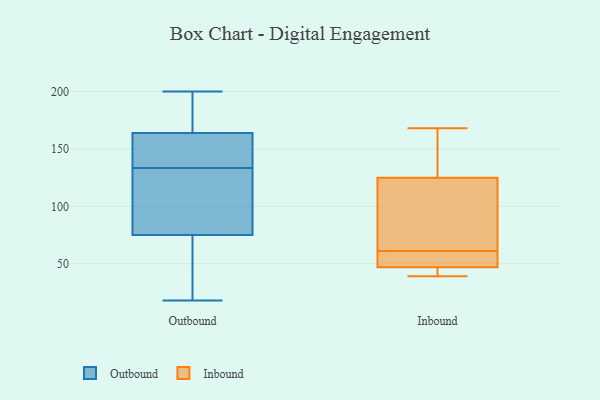
{"axis": {"x": "Latency (ms)", "y": "Value"}, "legend": ["Inbound", "Outbound"], "data": [{"x": "", "y": 134, "type": "Outbound"}, {"x": "", "y": 183, "type": "Outbound"}, {"x": "", "y": 111, "type": "Outbound"}, {"x": "", "y": 107, "type": "Outbound"}, {"x": "", "y": 51, "type": "Outbound"}, {"x": "", "y": 158, "type": "Outbound"}, {"x": "", "y": 133, "type": "Outbound"}, {"x": "", "y": 140, "type": "Outbound"}, {"x": "", "y": 150, "type": "Outbound"}, {"x": "", "y": 195, "type": "Outbound"}, {"x": "", "y": 106, "type": "Outbound"}, {"x": "", "y": 20, "type": "Outbound"}, {"x": "", "y": 48, "type": "Outbound"}, {"x": "", "y": 18, "type": "Outbound"}, {"x": "", "y": 40, "type": "Outbound"}, {"x": "", "y": 167, "type": "Outbound"}, {"x": "", "y": 161, "type": "Outbound"}, {"x": "", "y": 200, "type": "Outbound"}, {"x": "", "y": 194, "type": "Outbound"}, {"x": "", "y": 99, "type": "Outbound"}, {"x": "", "y": 168, "type": "Inbound"}, {"x": "", "y": 67, "type": "Inbound"}, {"x": "", "y": 59, "type": "Inbound"}, {"x": "", "y": 68, "type": "Inbound"}, {"x": "", "y": 143, "type": "Inbound"}, {"x": "", "y": 47, "type": "Inbound"}, {"x": "", "y": 119, "type": "Inbound"}, {"x": "", "y": 47, "type": "Inbound"}, {"x": "", "y": 39, "type": "Inbound"}, {"x": "", "y": 151, "type": "Inbound"}, {"x": "", "y": 61, "type": "Inbound"}, {"x": "", "y": 61, "type": "Inbound"}, {"x": "", "y": 45, "type": "Inbound"}]}